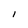
Character: 1